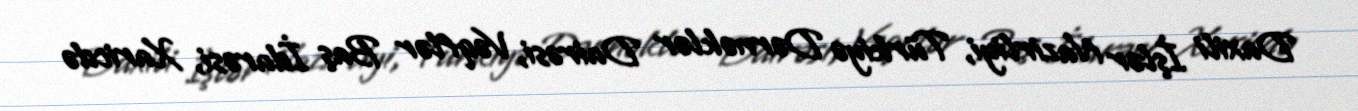
Daxili İşlər Nazirliyi, Türkiyə Dərnəklər Dairəsi, Vəqflər Baş İdarəsi, Xaricdə